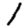
Digit: 1